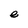
Character: e